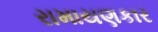
રામાયણકાર